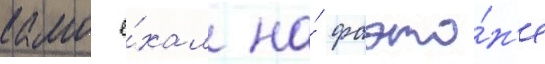
камо е́хал на́ фаэто́н'е